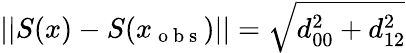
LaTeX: ||S(x)-S(x_{\mathrm{~o~b~s~}})||=\sqrt{d_{00}^{2}+d_{12}^{2}}